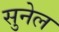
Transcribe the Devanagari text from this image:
सुनेल